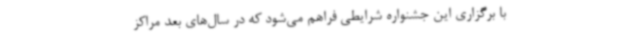
با برگزاری این جشنواره شرایطی فراهم می‌شود که در سال‌های بعد مراکز